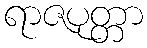
ရာဇပုတ္တာ